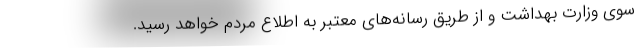
سوی وزارت بهداشت و از طریق رسانه‌های معتبر به اطلاع مردم خواهد رسید.